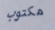
مكتوب